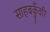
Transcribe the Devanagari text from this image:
साहबकुँवरि